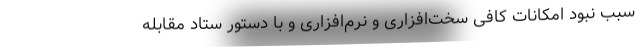
سبب نبود امکانات کافی سخت‌افزاری و نرم‌افزاری و با دستور ستاد مقابله